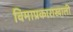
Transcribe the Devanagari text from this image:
विमाप्रकाराखाली